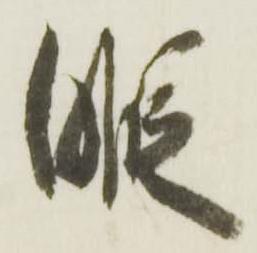
暇